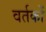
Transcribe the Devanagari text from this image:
वर्तकों